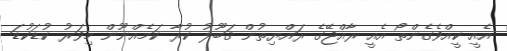
އެއީ ކީއްވެގެންތޯ އެއީ ރާއްޖޭގެ ރައްޔިތުން ޤަބޫލު ކުރާ ކަމެއްނޫން މިވަރު ކުޑަކުޑަ